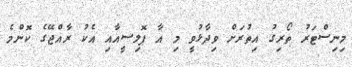
މިނިސްޓަރު ތޯރިގު އިތުރަށް ވިދާޅުވީ މި އާ ޕޮލިސީއާއި އެކު ރާއްޖޭގެ ކޮންމެ